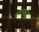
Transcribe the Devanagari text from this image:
भावबद्ध